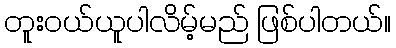
တူးဝယ်ယူပါလိမ့်မည် ဖြစ်ပါတယ်။